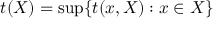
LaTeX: t ( X ) = \operatorname* { s u p } \{ t ( x , X ) : x \in X \}